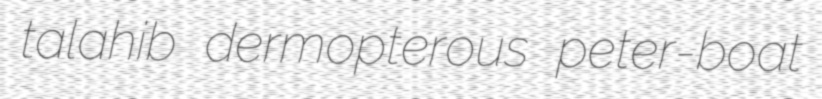
talahib dermopterous peter-boat